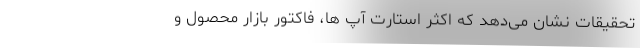
تحقیقات نشان می­دهد که اکثر استارت­ آپ­ ها، فاکتور بازار محصول و